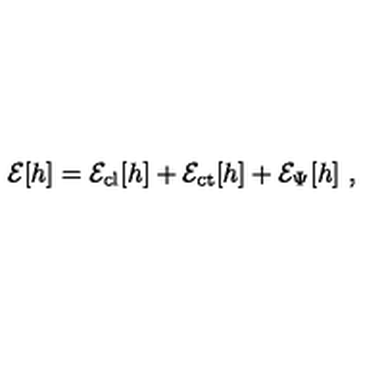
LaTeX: { \cal E } [ h ] = { \cal E } _ { \mathrm { c l } } [ h ] + { \cal E } _ { \mathrm { c t } } [ h ] + { \cal E } _ { \Psi } [ h ] \ ,